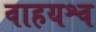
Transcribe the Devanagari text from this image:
वाहयश्व